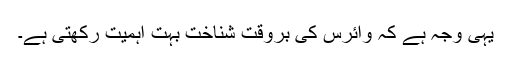
یہی وجہ ہے کہ وائرس کی بروقت شناخت بہت اہمیت رکھتی ہے۔